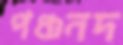
পঞ্চনদ